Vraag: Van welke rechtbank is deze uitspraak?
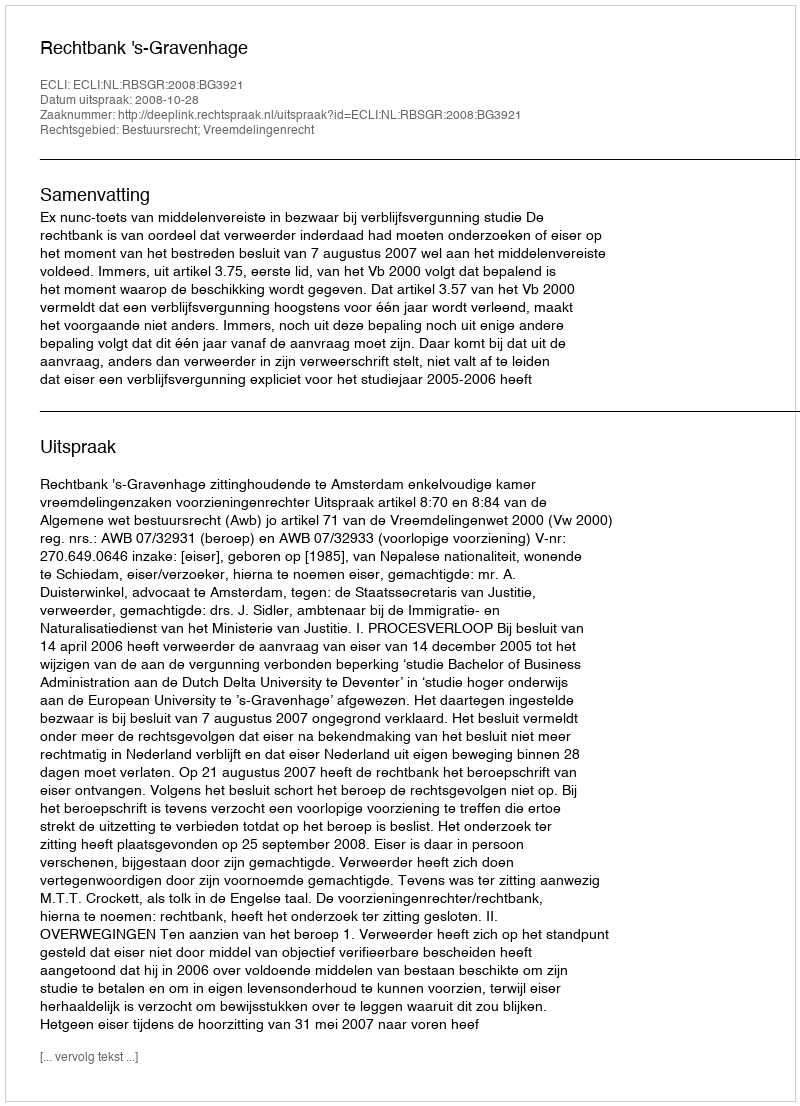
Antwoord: Rechtbank 's-Gravenhage